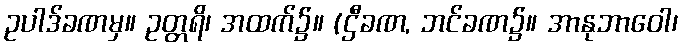
ဥပါဒ်ခဏမှ။ ဥတ္တရိ၊ အထက်၌။ (ဌီခဏ, ဘင်ခဏ၌။ အာနုဘာဝေါ၊